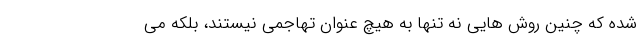
شده که چنین روش هایی نه تنها به هیچ عنوان تهاجمی نیستند، بلکه می